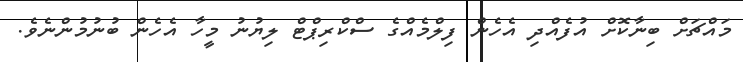
މައްޗަށް ބިނާކޮށް އުފެއްދި އެހެން ފިލްމެއްގެ ސްކްރިޕްޓް ލިޔުނު މީހާ އެހެން ބުނުމުންނެވެ.